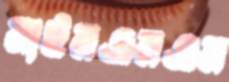
নাইনএমএম